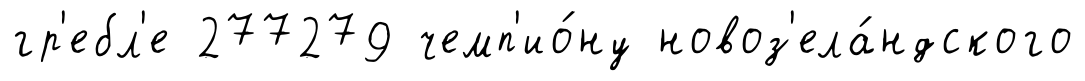
гр'ебл'е 277279 чемп'ио́ну новоз'ела́ндского